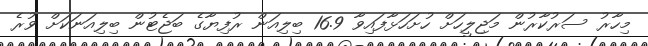
މިހާރު ސަރުކާރުން މަޖިލީހަށް ހުށަހަޅާފައިވާ 16.9 ބިލިއަން ރުފިޔާގެ ބަޖެޓުން ބިލިއަނަކަށް ވުރެ